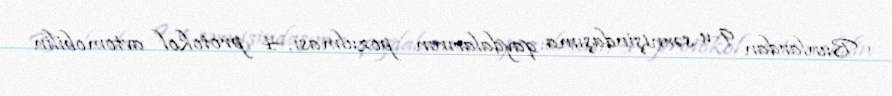
Bunlardan 9-u sərnişindaşıma qaydalarının pozulması, 4 protokol avtomobilin